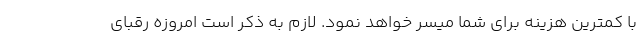
با کمترین هزینه برای شما میسر خواهد نمود. لازم به ذکر است امروزه رقبای